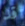
قد